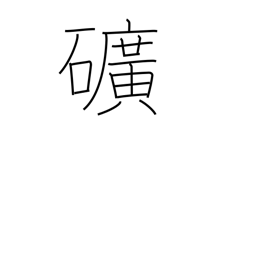
Meaning: mine